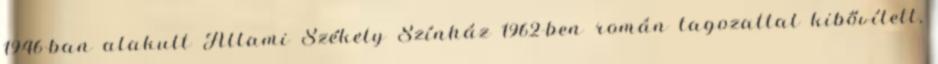
1946-ban alakult Állami Székely Színház 1962-ben román tagozattal kibővített,